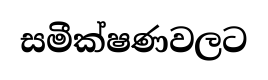
සමීක්ෂණවලට